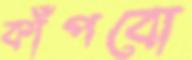
কাঁপবো